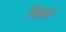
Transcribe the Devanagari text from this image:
भिमाने